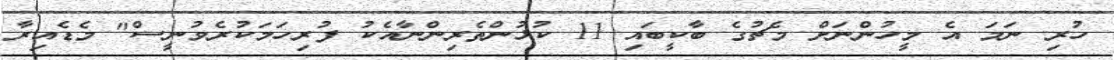
ހުރި ނަމަ އެ މީހުންނަށް މެޗުގެ ބާކީބައި 11 ކުޅުންތެރިންނާއެކު ފުރިހަމަކުރެވުނީސް" މެޑެއިރާ